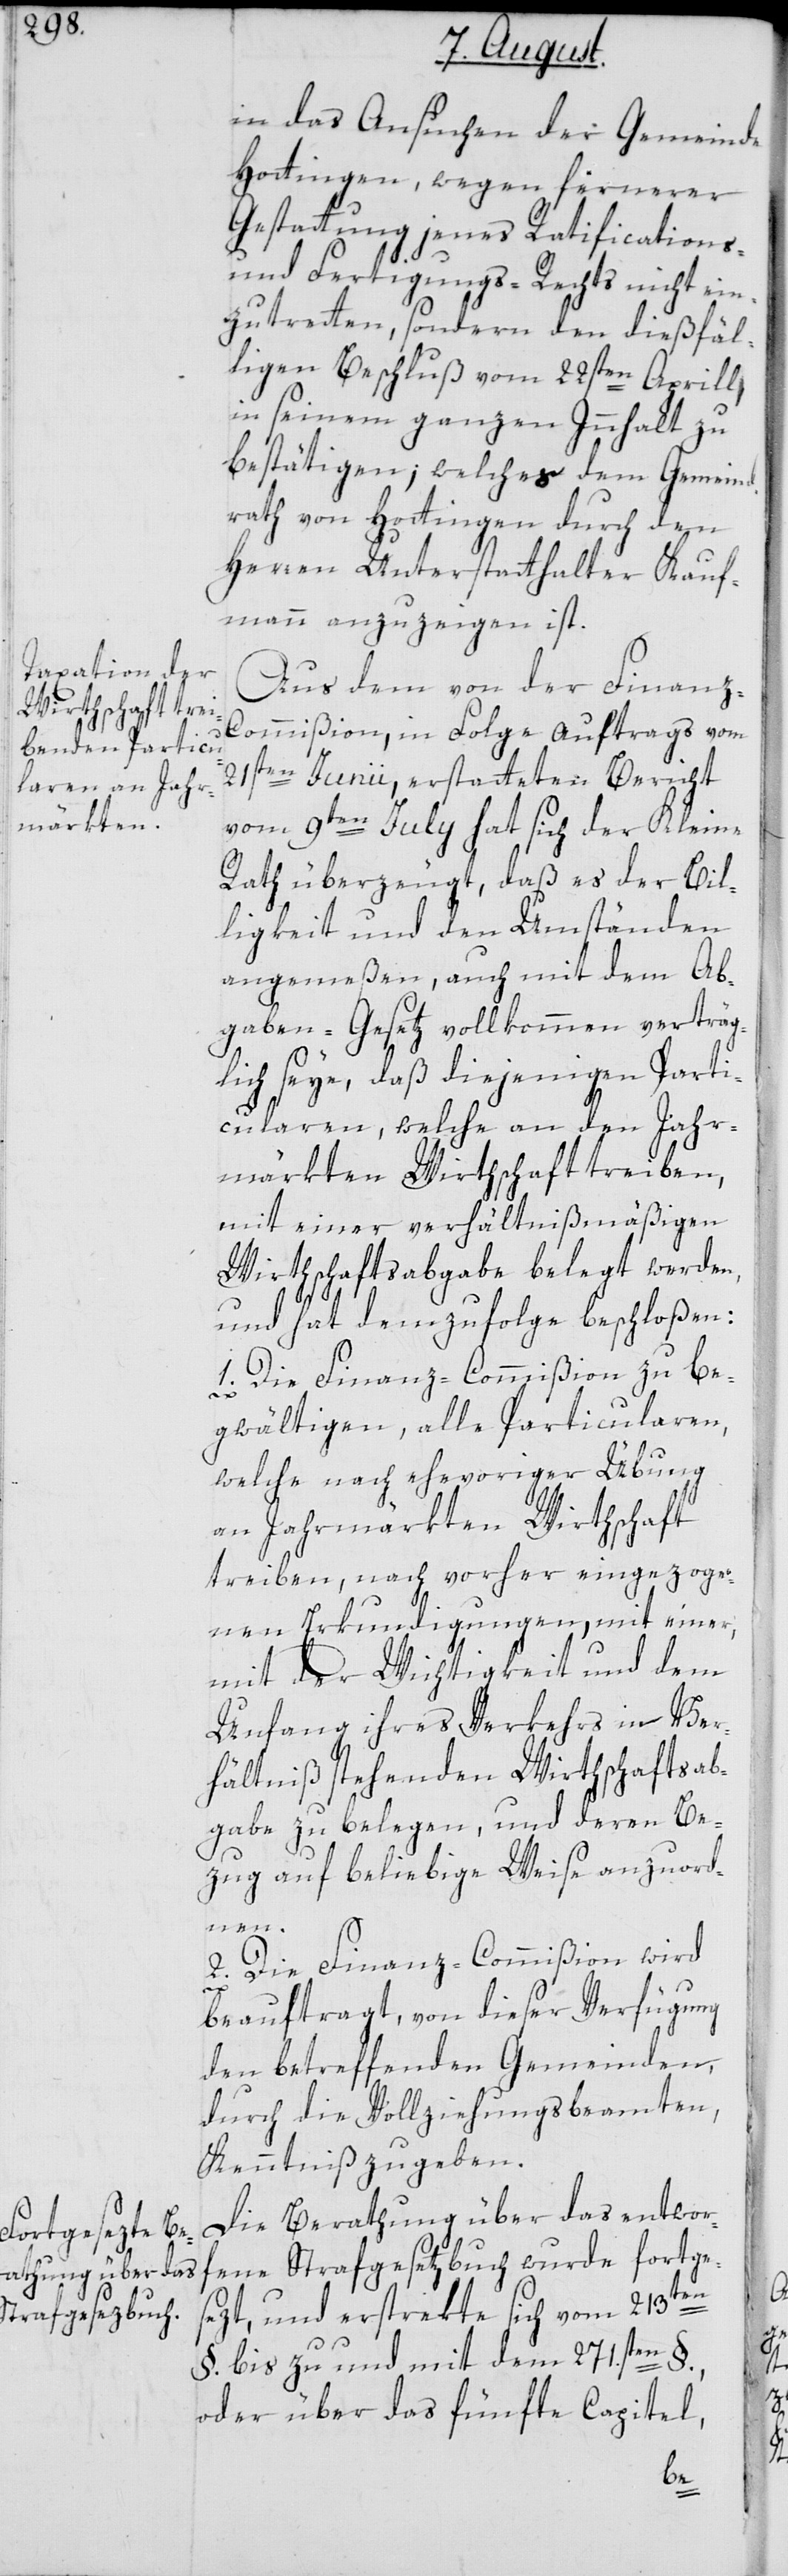
in das Ansuchen der Gemeinde
Hottingen, wegen fernerer
Gestattung jenes Ratifications-
und Fertigungs-Rechts nicht ein¬
zutretten, sondern den dießfäl¬
ligen Beschluß vom 22sten Aprill,
in seinem ganzen Innhalt zu
bestätigen, welches dem Gemeind¬
rath von Hottingen durch den
Herren Unterstatthalter Kauf¬
mann anzuzeigen ist.
Aus dem von der Finanz-C¬
ommißion, in Folge Auftrags vom
21sten Junii erstatteten Bericht
vom 9ten July, hat sich der Kleine
Rath überzeugt, daß es der Bil¬
ligkeit und den Umständen
angemeßen, auch mit dem Ab¬
gaben-Gesetz vollkommen verträg¬
lich seye, daß diejenigen Parti¬
cularen, welche an den Jahr¬
märkten Wirthschaft treiben,
mit einer verhältnismäßigen
Wirthschaftsabgabe belegt werden,
und hat demzufolge beschloßen:
1. Die Finanz-Commißion zu be¬
gwältigen, alle Particularen,
welche nach ehevoriger Übung
an Jahrmärkten Wirthschaft
treiben, nach vorher eingezoge¬
nen Erkundigungen, mit einer,
mit der Wichtigkeit und dem
Unfang ihres Verkehrs in Ver¬
hältniß stehenden Wirthschaftsab¬
gabe zu belegen, und deren Be¬
zug auf beliebige Weise anzuord¬
nen.
2. Die Finanz-Commißion wird
beauftragt, von dieser Verfügung
den betreffenden Gemeinden,
durch die Vollziehungsbeamten,
Kenntniß zu geben.
Die Berathung über das entwor¬
fene Strafgesetzbuch wurde fortge¬
sezt, und erstrekte sich vom 213ten
§. bis zu und mit dem 271.sten §.,
oder über das fünfte Capitel,